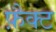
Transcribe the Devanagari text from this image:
फ़ैक्ट